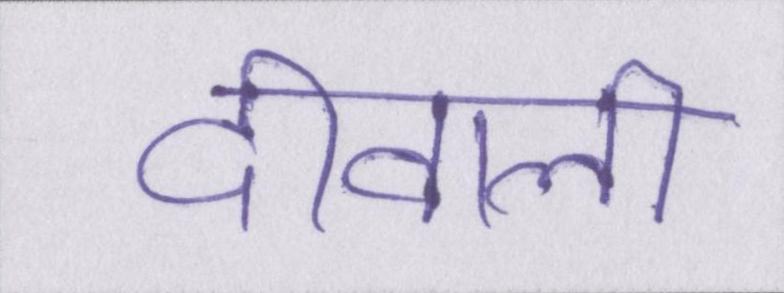
दीवाली